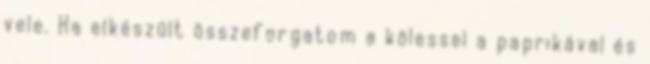
vele. Ha elkészült összeforgatom a kölessel a paprikával és